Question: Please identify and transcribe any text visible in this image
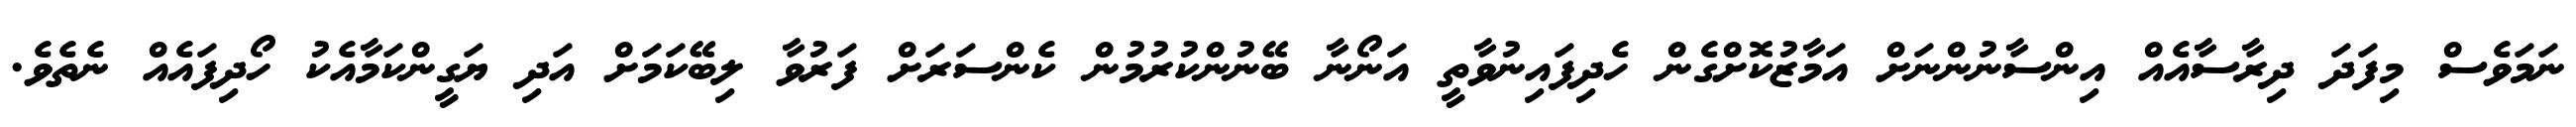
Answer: ނަމަވެސް މިފަދަ ދިރާސާއެއް އިންސާނުންނަށް އަމާޒުކޮށްގެން ހެދިފައިނުވާތީ އަނޯނާ ބޭނުންކުރުމުން ކެންސަރަށް ފަރުވާ ލިބޭކަމަށް އަދި ޔަގީންކަމާއެކު ހޯދިފައެއް ނެތެވެ.